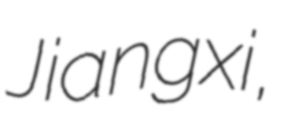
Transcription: Jiangxi,